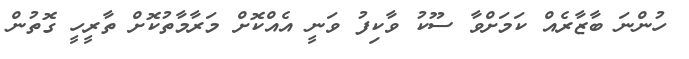
ހުންނަ ބާޒާރެއް ކަމަށްވާ ސޫކު ވާކިފު ވަނީ އެއްކޮށް މަރާމާތުކޮށް ތާރީހީ ގޮތުން